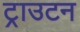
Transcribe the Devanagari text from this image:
ट्राउटन